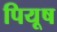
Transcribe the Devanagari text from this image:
पियूष